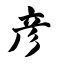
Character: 彦